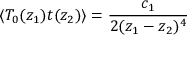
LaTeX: \langle T _ { 0 } ( z _ { 1 } ) t ( z _ { 2 } ) \rangle = \frac { c _ { 1 } } { 2 ( z _ { 1 } - z _ { 2 } ) ^ { 4 } }